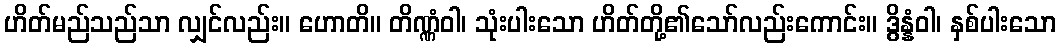
ဟိတ်မည်သည်သာ လျှင်လည်း။ ဟောတိ။ တိဏ္ဏံဝါ၊ သုံးပါးသော ဟိတ်တို့၏သော်လည်းကောင်း။ ဒွိန္နံဝါ၊ နှစ်ပါးသော